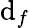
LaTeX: \mathrm{d}_{f}